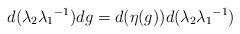
LaTeX: \begin{align*} d(\lambda_2 {\lambda_1}^{-1})dg =d(\eta(g))d(\lambda_2 {\lambda_1}^{-1}) \end{align*}